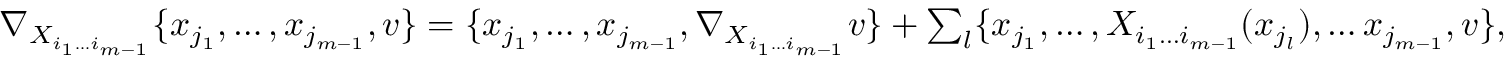
\begin{array} { r } { \nabla _ { X _ { i _ { 1 } \dotsc i _ { m - 1 } } } \{ x _ { j _ { 1 } } , \dotsc , x _ { j _ { m - 1 } } , v \} = \{ x _ { j _ { 1 } } , \dotsc , x _ { j _ { m - 1 } } , \nabla _ { X _ { i _ { 1 } \dotsc i _ { m - 1 } } } v \} + \sum _ { l } \{ x _ { j _ { 1 } } , \dotsc , X _ { i _ { 1 } \dotsc i _ { m - 1 } } ( x _ { j _ { l } } ) , \dotsc x _ { j _ { m - 1 } } , v \} , } \end{array}